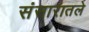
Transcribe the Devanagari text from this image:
संसारातले